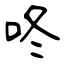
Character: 咚